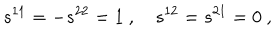
s ^ { 1 1 } = - s ^ { 2 2 } = 1 ~ , ~ s ^ { 1 2 } = s ^ { 2 1 } = 0 ~ ,